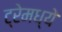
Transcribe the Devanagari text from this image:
ट्रेमध्ये